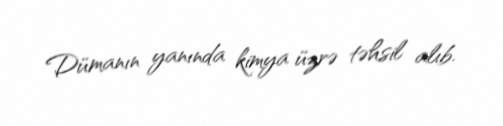
Dümanın yanında kimya üzrə təhsil alıb.